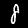
Digit: 8